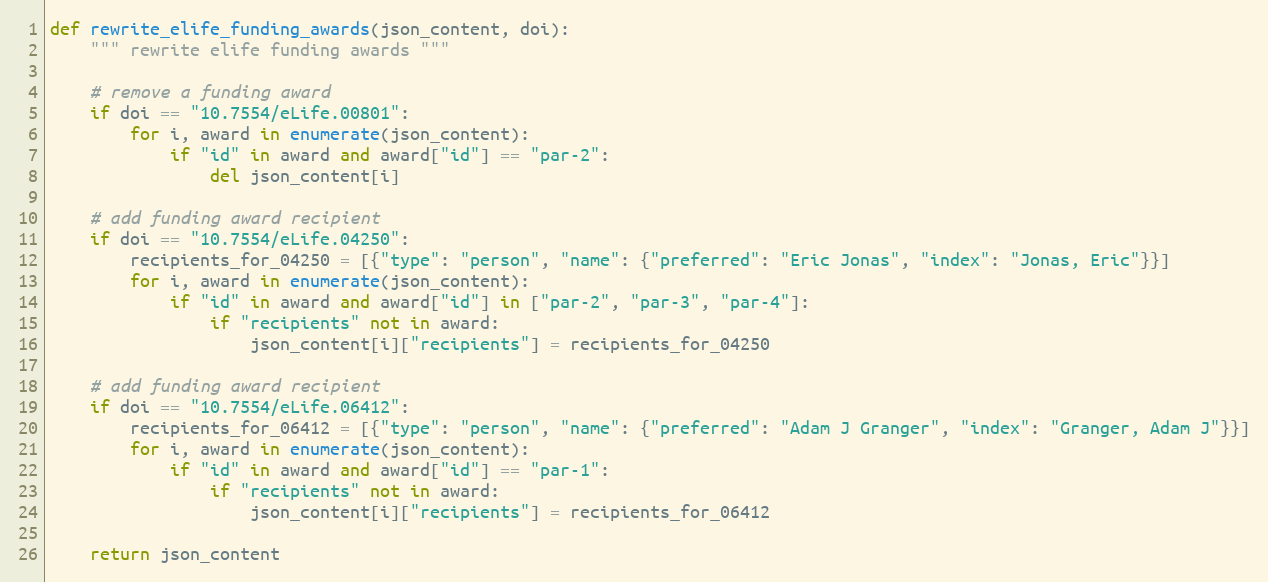
Language: Python
def rewrite_elife_funding_awards(json_content, doi):
    """ rewrite elife funding awards """

    # remove a funding award
    if doi == "10.7554/eLife.00801":
        for i, award in enumerate(json_content):
            if "id" in award and award["id"] == "par-2":
                del json_content[i]

    # add funding award recipient
    if doi == "10.7554/eLife.04250":
        recipients_for_04250 = [{"type": "person", "name": {"preferred": "Eric Jonas", "index": "Jonas, Eric"}}]
        for i, award in enumerate(json_content):
            if "id" in award and award["id"] in ["par-2", "par-3", "par-4"]:
                if "recipients" not in award:
                    json_content[i]["recipients"] = recipients_for_04250

    # add funding award recipient
    if doi == "10.7554/eLife.06412":
        recipients_for_06412 = [{"type": "person", "name": {"preferred": "Adam J Granger", "index": "Granger, Adam J"}}]
        for i, award in enumerate(json_content):
            if "id" in award and award["id"] == "par-1":
                if "recipients" not in award:
                    json_content[i]["recipients"] = recipients_for_06412

    return json_content